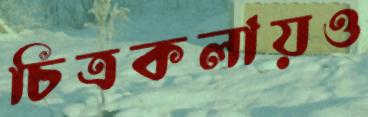
চিত্রকলায়ও